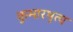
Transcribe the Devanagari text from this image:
कुमारभृत्य